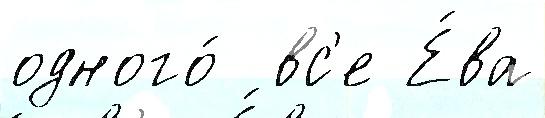
одного́  вс'е Е́ва